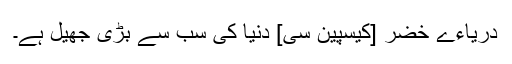
دریاءے خضر [کیسپین سی] دنیا کی سب سے بڑی جھیل ہے۔